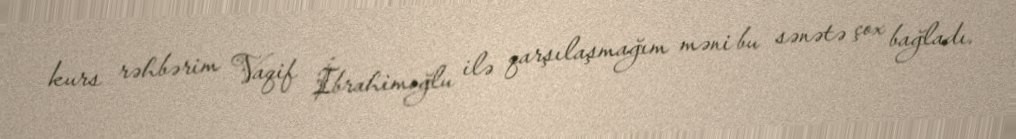
kurs rəhbərim Vaqif İbrahimoğlu ilə qarşılaşmağım məni bu sənətə çox bağladı.